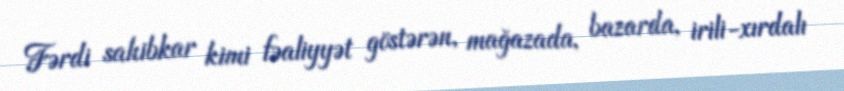
Fərdi sahibkar kimi fəaliyyət göstərən, mağazada, bazarda, irili-xırdalı